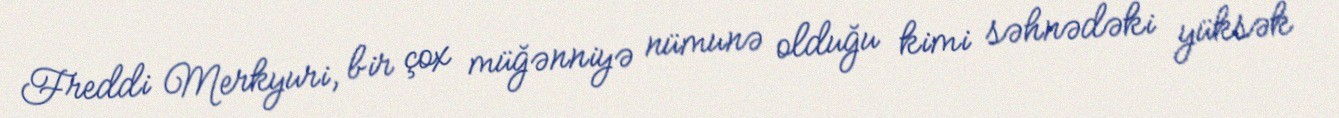
Freddi Merkyuri, bir çox müğənniyə nümunə olduğu kimi səhnədəki yüksək